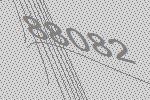
88082